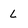
Character: L